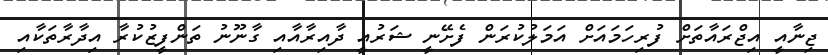
ޖިނާއީ އިޖްރައާތަށް ފުރިހަަމައަށް އަމަލުކުރަން ފެށޭނީ ޝަރުއީ ދާއިރާއާއި ގާނޫނު ތަންފީޒުކުރާ އިދާރާތަކާއި